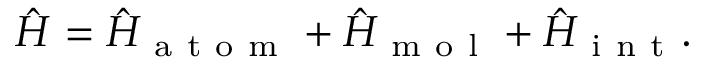
\hat { H } = \hat { H } _ { \mathrm { ~ a ~ t ~ o ~ m ~ } } + \hat { H } _ { \mathrm { ~ m ~ o ~ l ~ } } + \hat { H } _ { \mathrm { ~ i ~ n ~ t ~ } } .